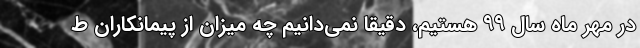
در مهر ماه سال ۹۹ هستیم، دقیقا نمی‌دانیم چه میزان از پیمانکاران ط